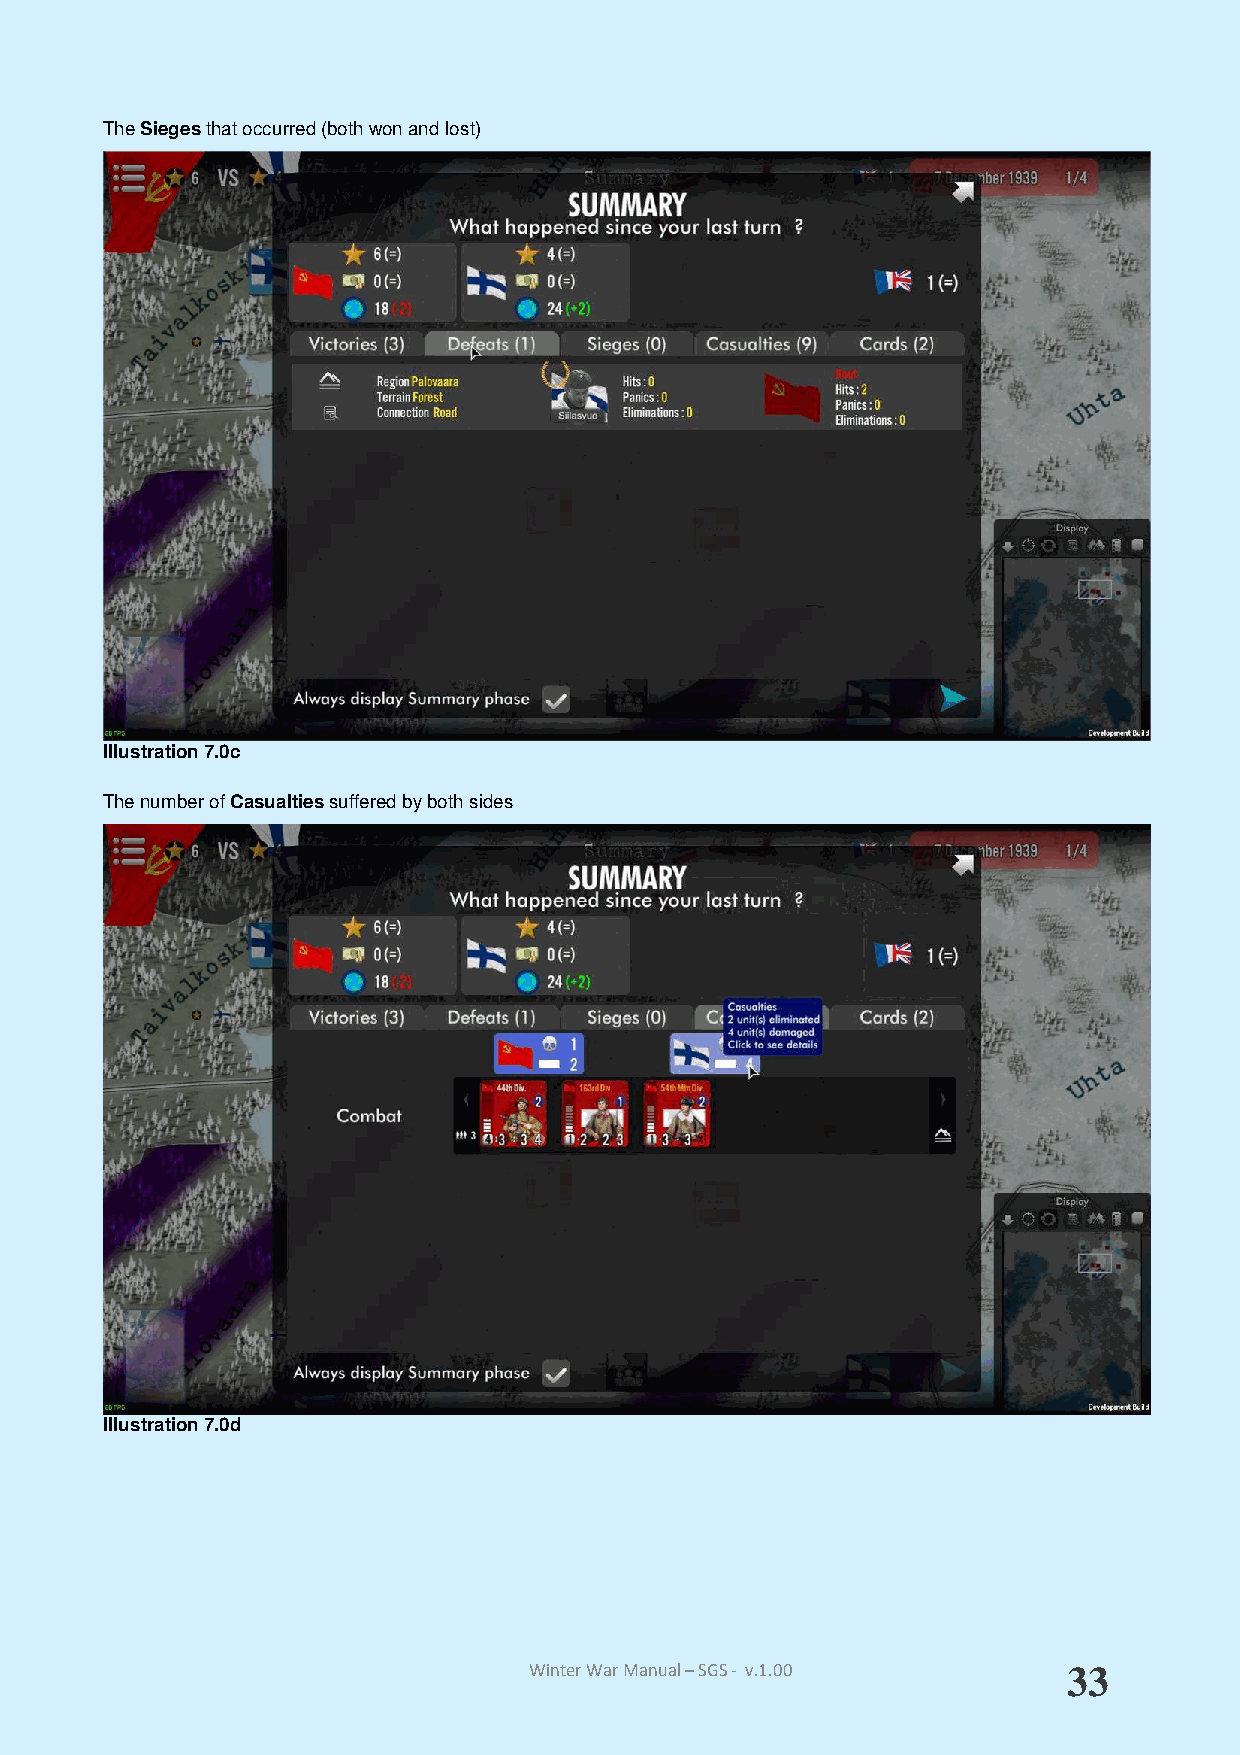
The Sieges that occurred (both won and lost)
 Illustration 7.0c
 The number of Casualties suffered by both sides
 Illustration 7.0d
 Winter War Manual – SGS - v.1.00    33